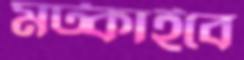
মট্‌কাইবে